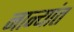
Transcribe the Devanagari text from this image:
नान्यांत